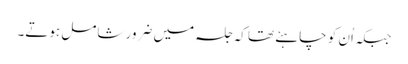
جبکہ اُن کو چاہئے تھا کہ جلسہ میں ضرور شامل ہوتے۔